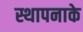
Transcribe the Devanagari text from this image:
स्थापनाके